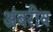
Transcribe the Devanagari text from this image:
अंबरीय